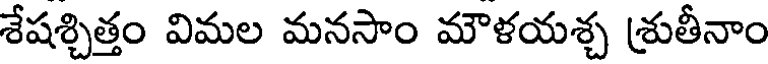
శేషశ్చిత్తం విమల మనసాం మౌళయశ్చ శ్రుతీనాం